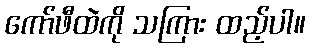
ကော်ဖီထဲကို သကြား ထည့်ပါ။